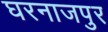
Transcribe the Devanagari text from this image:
घरनाजपुर